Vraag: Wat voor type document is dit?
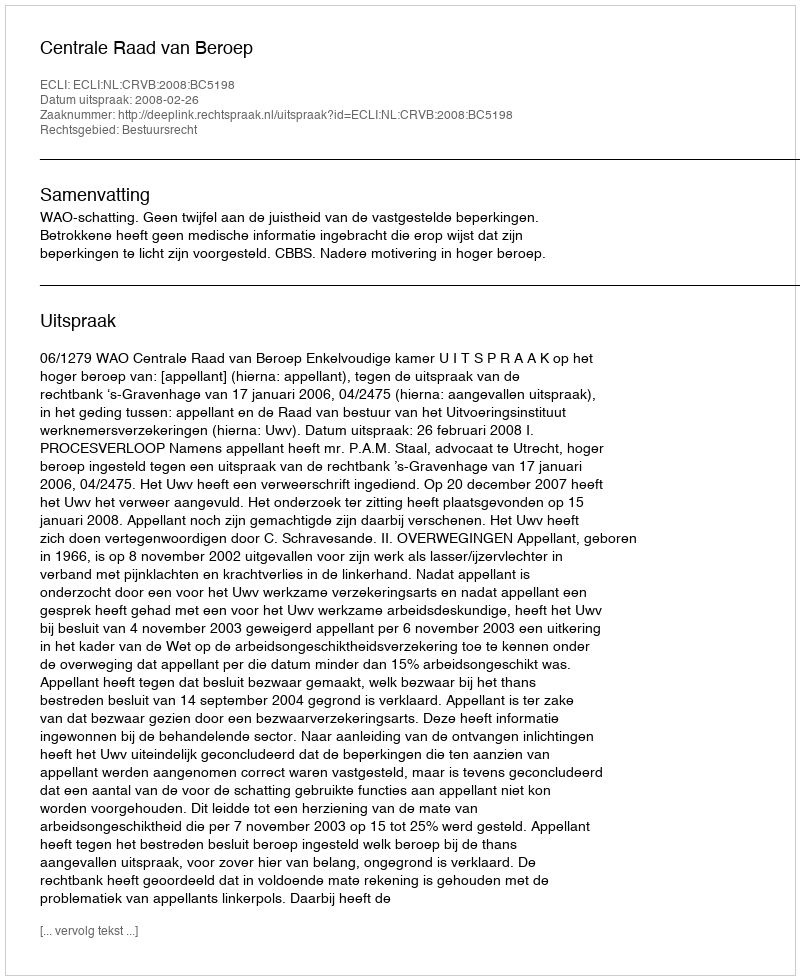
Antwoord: Uitspraak